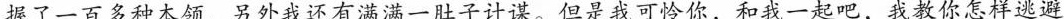
握了一百多种本领，另外我还有满满一肚子计谋。但是我可怜你，和我一起吧，我教你怎样逃避